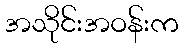
အသိုင်းအဝန်းက